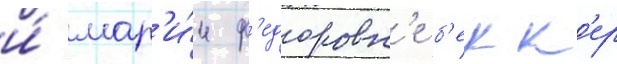
и́ мар'и́и ф'едоровн'е б'екк'ер